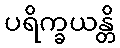
ပရိက္ခယန္တိ